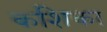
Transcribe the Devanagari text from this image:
कशिका